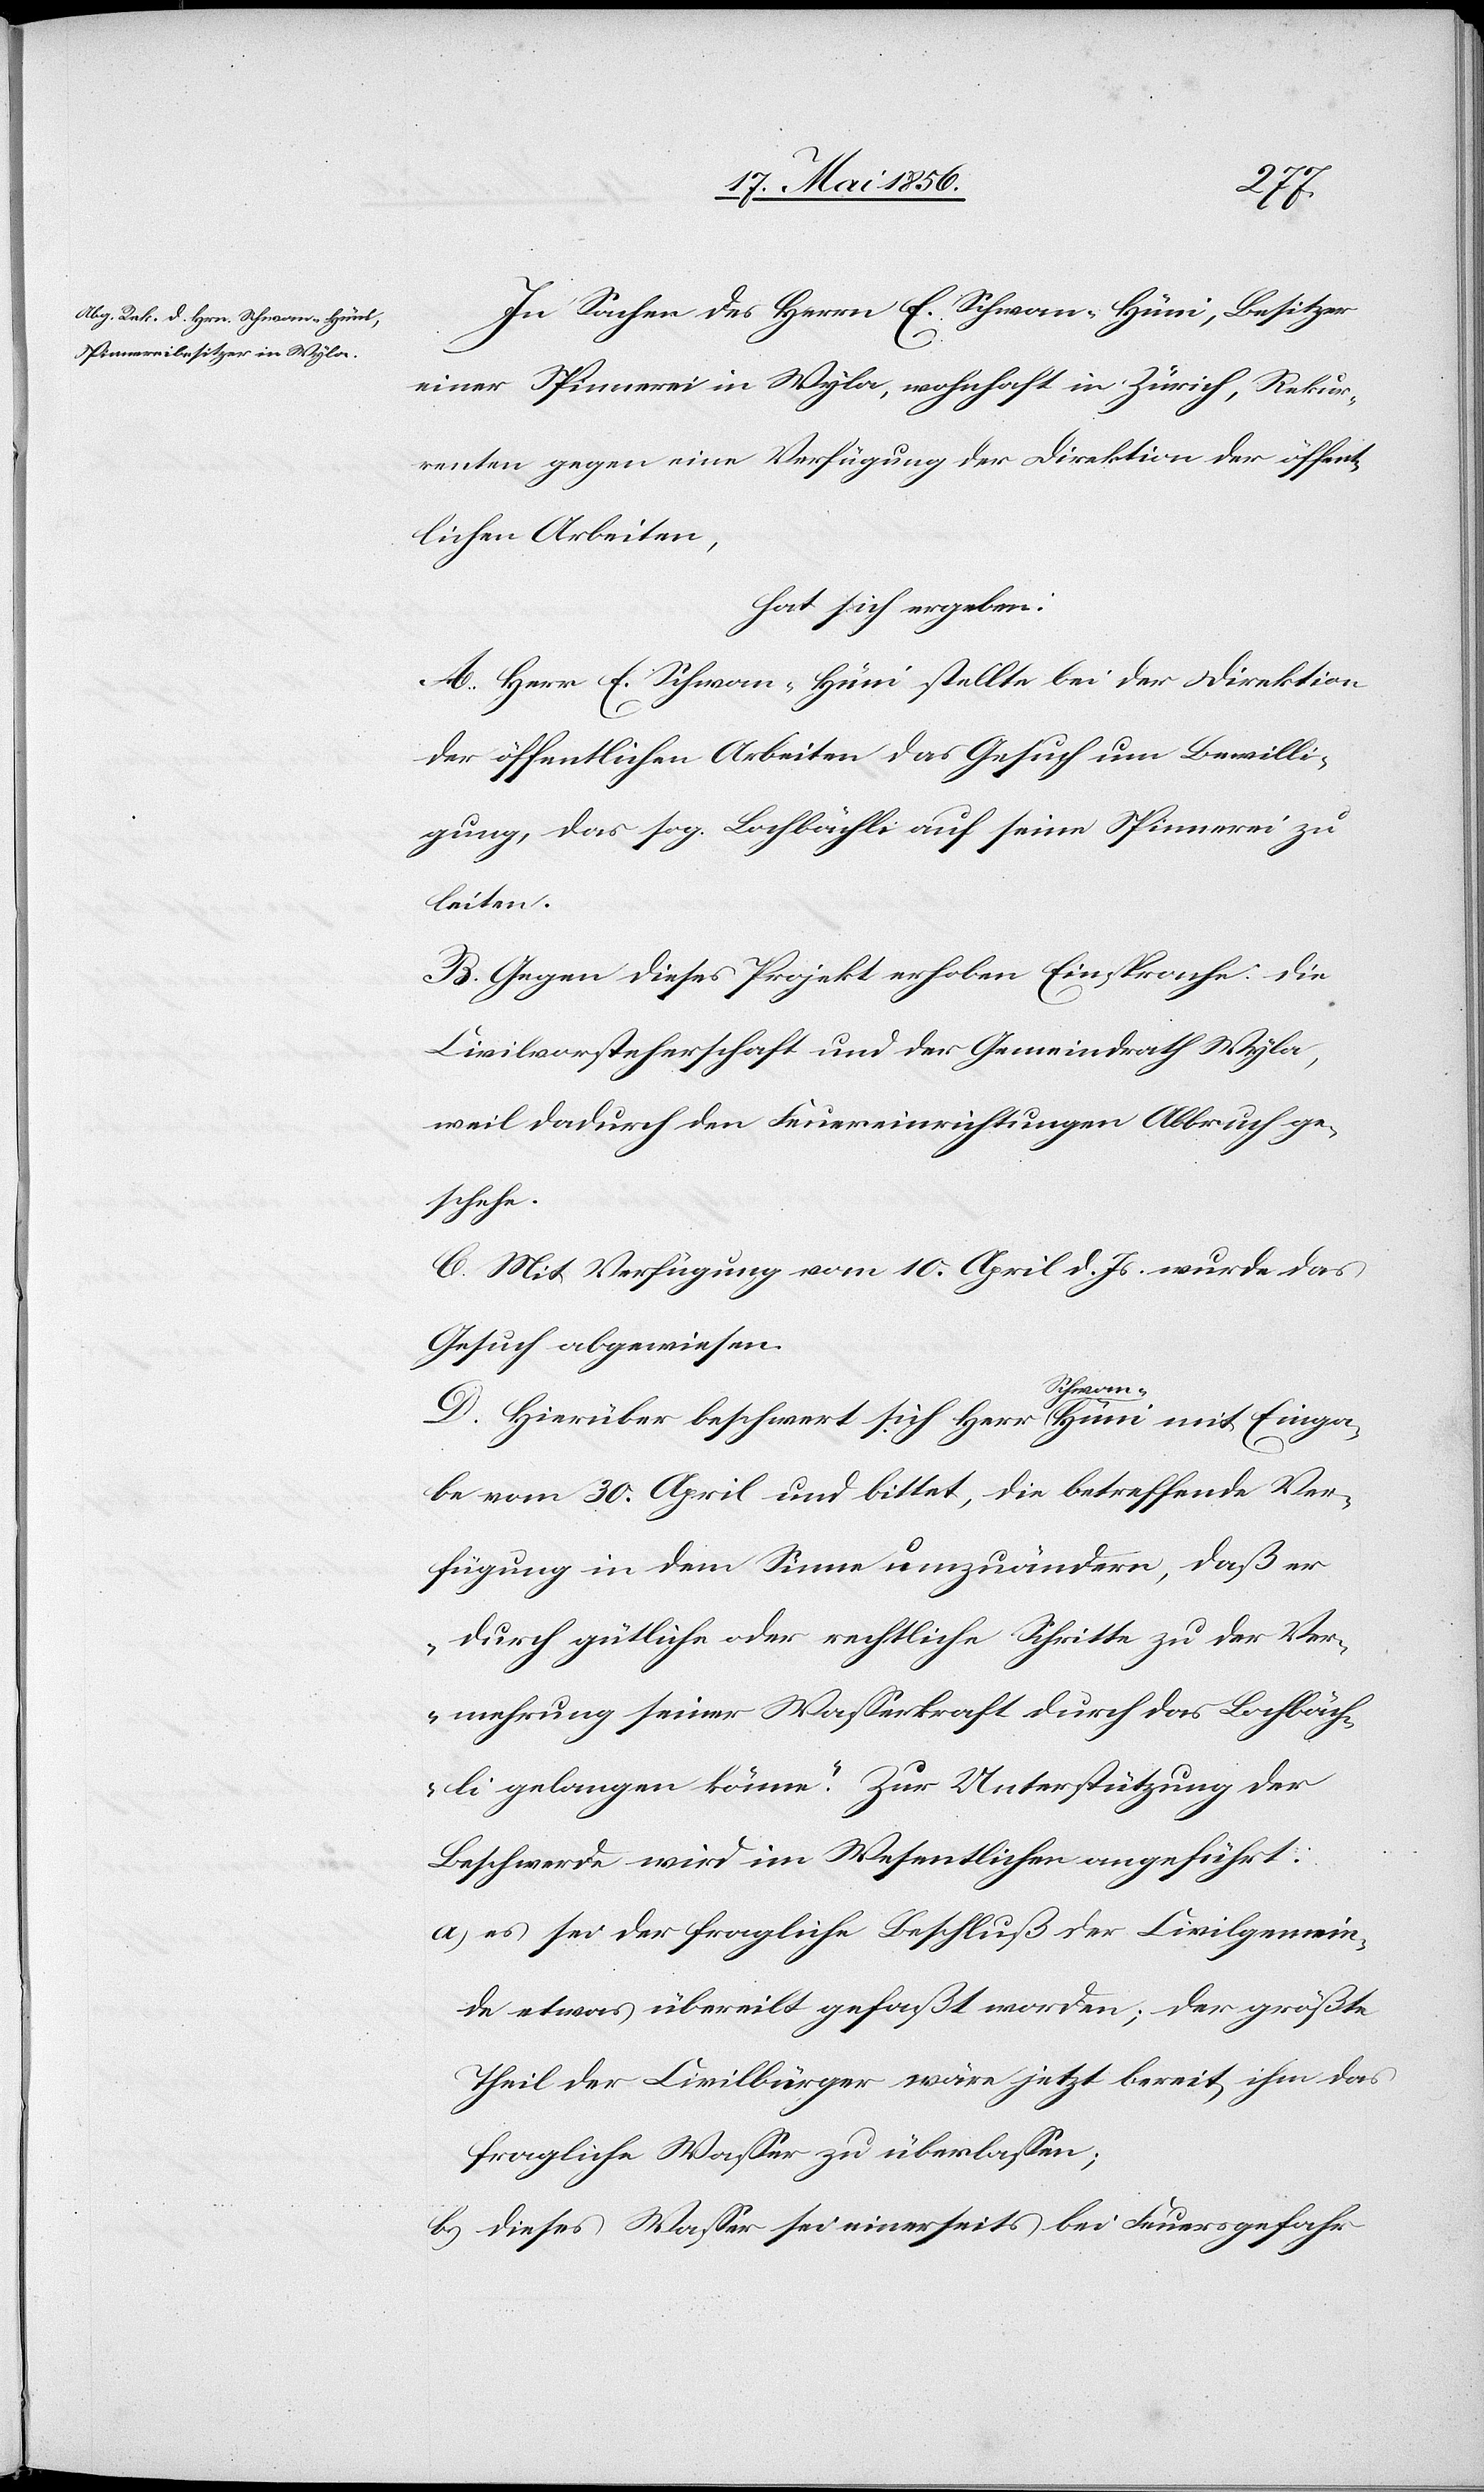
In Sachen des Herrn E. Schwan-Hüni, Besitzer
einer Spinnerei in Wyla, wohnhaft in Zürich, Rekur¬
renten gegen eine Verfügung der Direktion der öffent¬
lichen Arbeiten,
hat sich ergeben:
A. Herr E. Schwan-Hüni stellte bei der Direktion
der öffentlichen Arbeiten das Gesuch um Bewilli¬
gung, das sog. Lochbächli auf seine Spinnerei zu
leiten.
B. Gegen dieses Projekt erhoben Einsprache: die
Civilvorsteherschaft und der Gemeindrath Wyla,
weil dadurch den Feuereinrichtungen Abbruch ge¬
schehe.
C. Mit Verfügung vom 10. April d. Js. wurde das
Gesuch abgewiesen.
D. Hierüber beschwert sich Herr aSchwan-a Hüni mit Einga¬
be vom 30. April und bittet, die betreffende Ver¬
fügung in dem Sinne umzuändern, daß er
„durch gütliche oder rechtliche Schritte zu der Ver¬
mehrung seiner Wasserkraft durch das Lochbäch¬
li gelangen könne.“ Zur Unterstützung der
Beschwerde wird im Wesentlichen angeführt:
a) es sei der fragliche Beschluß der Civilgemein¬
de etwas übereilt gefaßt worden; der größte
Theil der Civilbürger wäre jetzt bereit, ihm das
fragliche Wasser zu überlassen;
b) dieses Wasser sei einerseits bei Feuergefahr